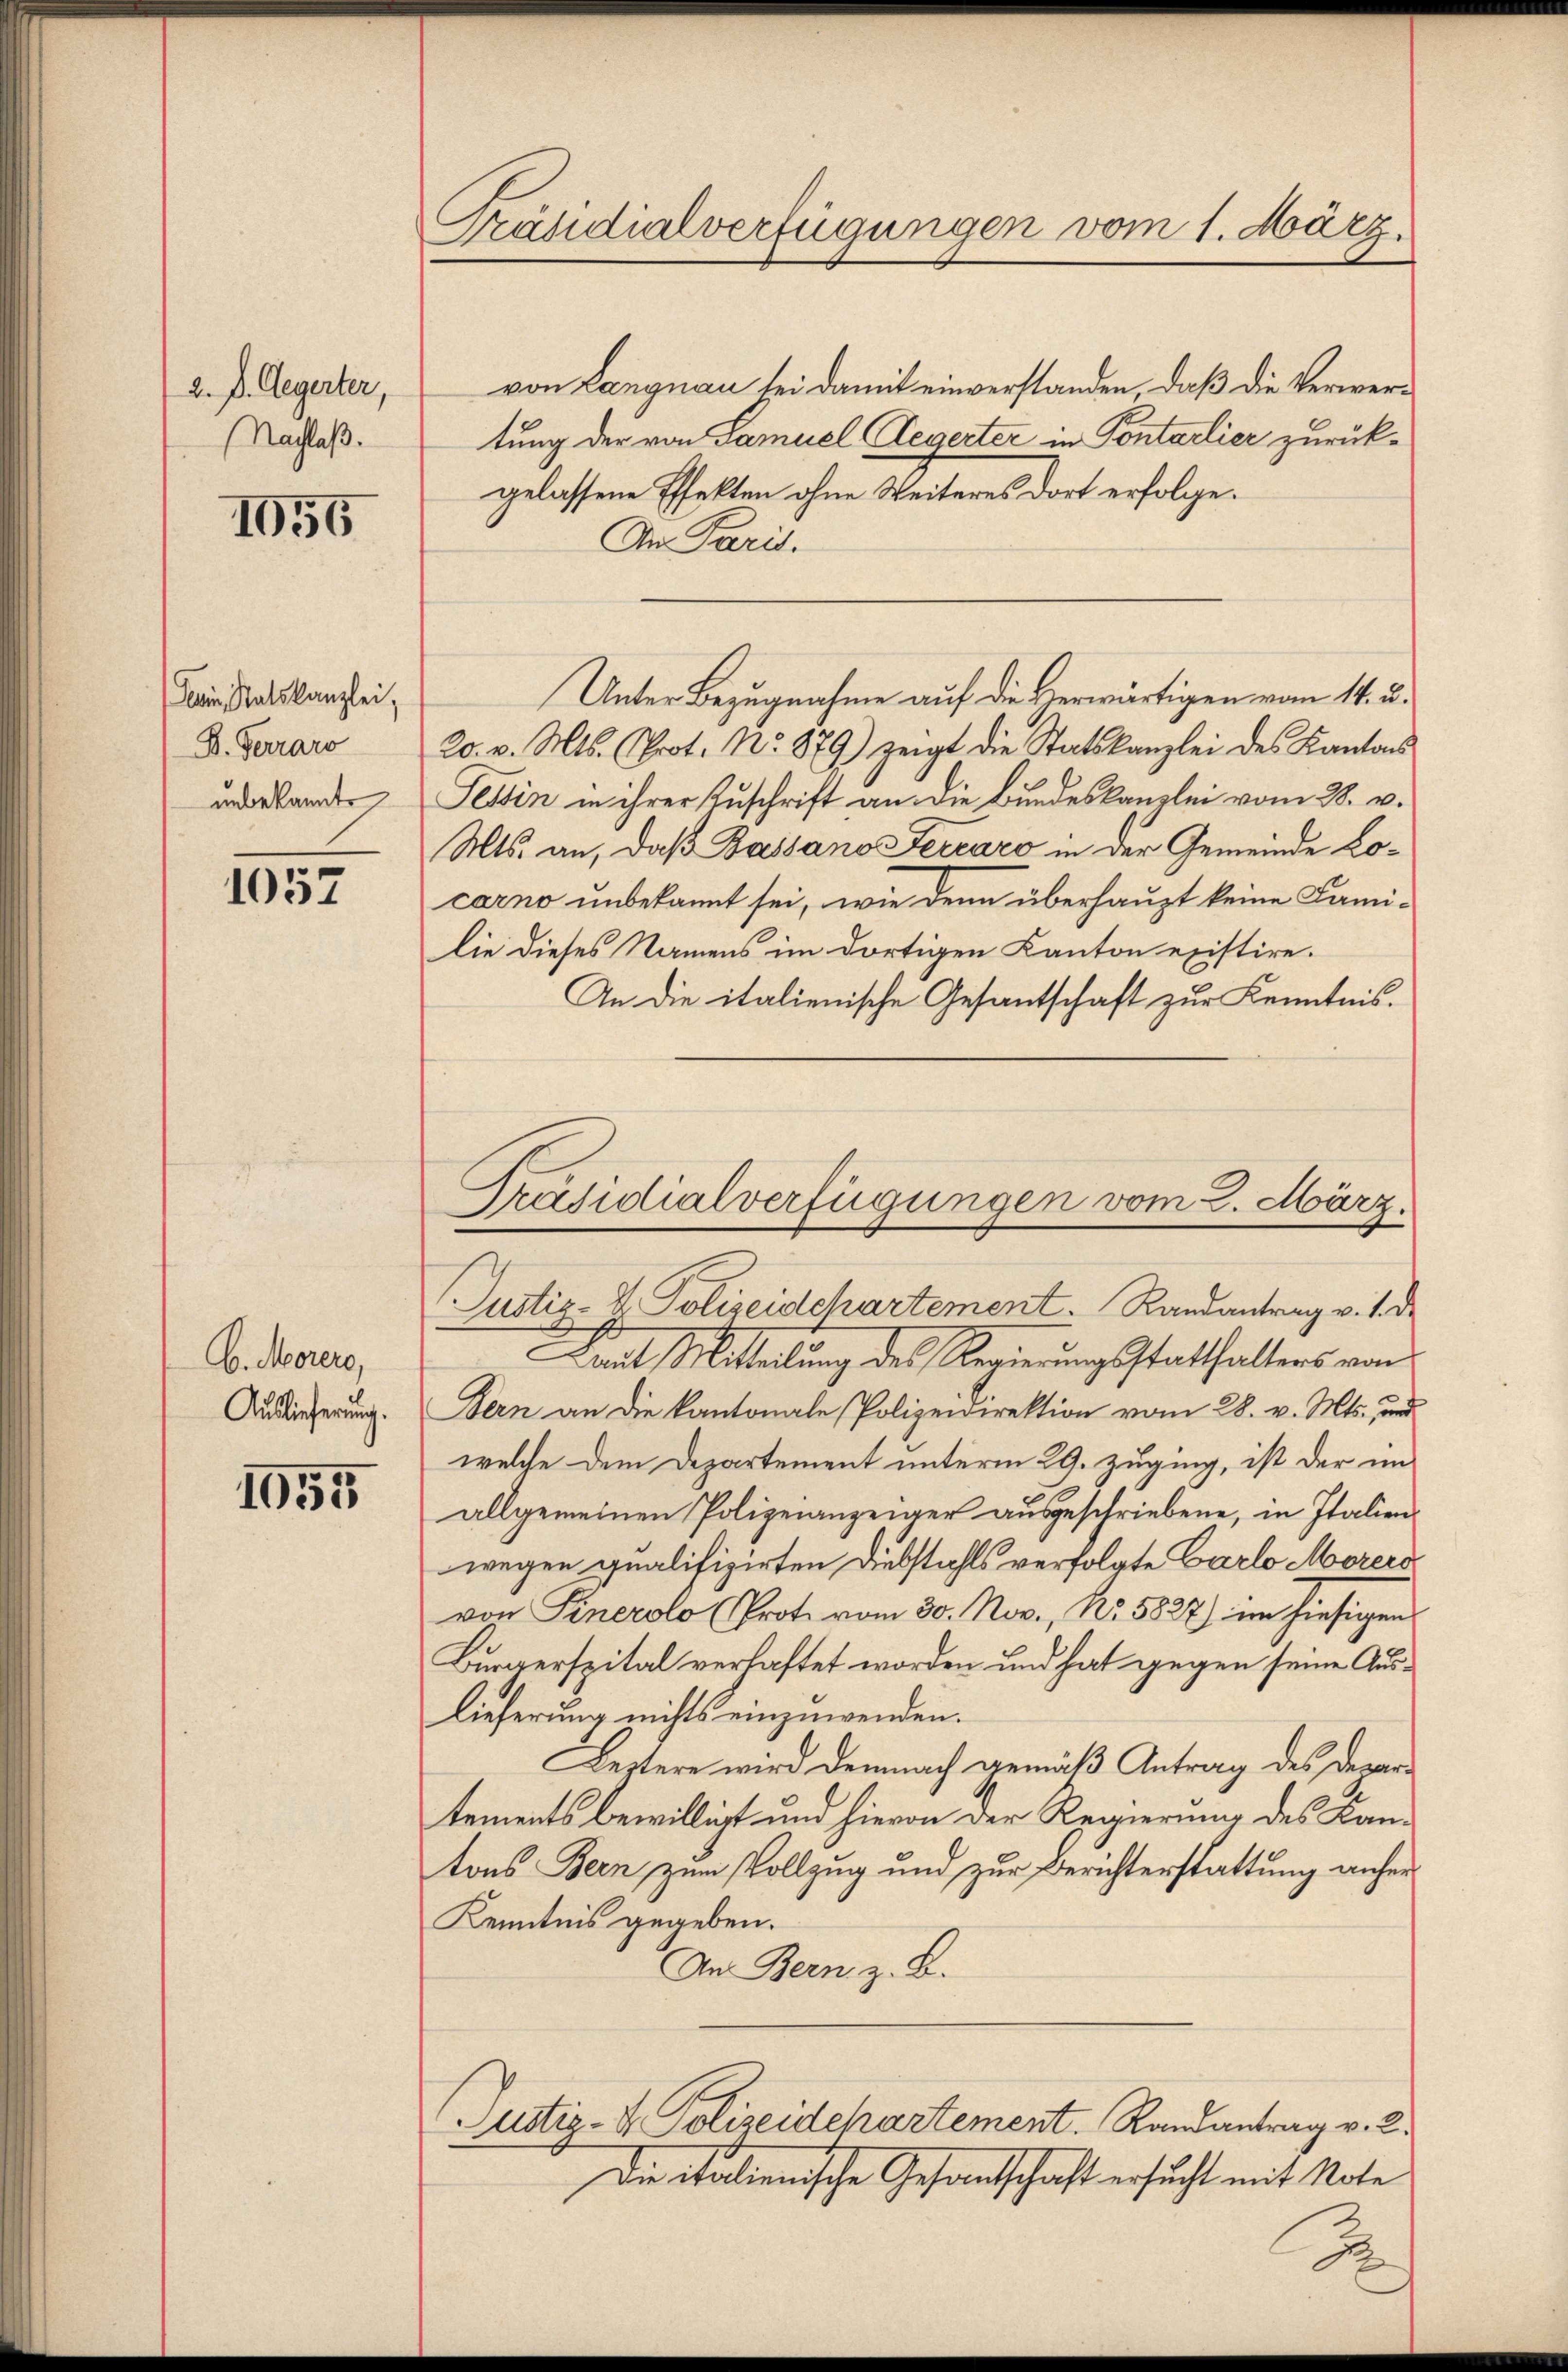
2. D. Gegerter,
(Nachlaß.

1055

Derin, Ratskanzlei,
B. Ferraro
unbekannte

1057

b. Morers,
Auslieferung.

1055

Präsidialverfügungen vom 1. März.

von Langnau sei damit einverstanden, daß die Verwertung der von Samuel Aegerter in Pontarlier zurückgelassene Pfekten ohne Weiteres dort erfolge.
An Paris.
Unter Bezugnahme auf die Herwärtigen vom 14. u.
20. v. Mts. (Prot. No. 879) zeigt die Statskanzlei des Kantons
Tessin in ihrer Zuschrift an die Bundeskanzlei vom 28. v.
Mts. an, daß Bassano Fercaro in der Gemeinde Locarno unbekannt sei, wie denn überhaupt keine Fami-
lie dieses Namens im dortigen Kanton existire.
An die italienische Gesantschaft zur Kenntnis.
Laut Mittelung des Regierungsstatthalters von
Tern an die kantonale Polizeidirektion vom 28. v. Mts. und
welche dem Departement unterm 29. zuging, ist der im
allgemeinen Polizeianzeiger ausgeschriebene, in Italienwegen qualifizirten Dubstahls verfolgte Carlo Morers
von Sinerolo (Prot. vom 30. Nov., No. 5827) im hiesigen
Burgerspital verlastet worden und hat gegen seine Auslieferung nichts einzuwenden.
Leztere wird demnach gemäß Antrag des Departements bewilligt und hievon der Regierung des Kantons Bern zum Vollzug und zur Berichterstattung anher
Kenntnis gegeben.
An Bern z. B.
Justiz- & Polizeidehartement. Randantrag v. 2.
Die italienische Gesantschaft ersucht mit Note

Präsidialverfügungen vom 2. März.
Justiz- & Polizeidchartement. Randantrag v. 1. d.

2